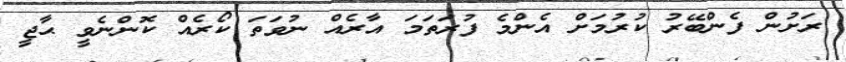
ރަށުން ފެންބޭރު ކުރުމަށް އެންމެ ފުރަތަމަ އާރެއް ނުވަތަ ކޯރެއް ކޮންނެވީ ޙާޖީ